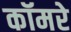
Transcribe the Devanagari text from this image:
कॉमरे